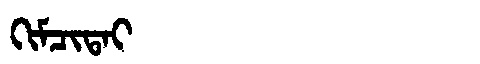
Manchu: ᡴᡳᠮᠴᡳᡨᠠᡳ
Romanization: KIMCITAI